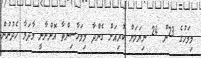
މިމަހުގެ 23ން 24 ނިޔަަލަށް ކުރިއަށް ގެންދާ މިމަހާސިންތާ އޮންނާނީ މާދަމާ ހެދުނުން